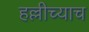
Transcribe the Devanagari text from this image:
हल्लीच्याच